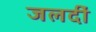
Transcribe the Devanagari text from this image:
जलदीं